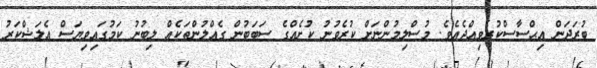
ބުރަދަން އިޙްސާސްކުރެވިއްޖެއެވެ. މުސްލިމުންނަށް ކުރެވުނު ކުށެއްގެ ސަބަބުން ގެއްލުންތަކެއް ލިބުނު ކަމުގައިވިޔަސް އެލަޝްކަރު